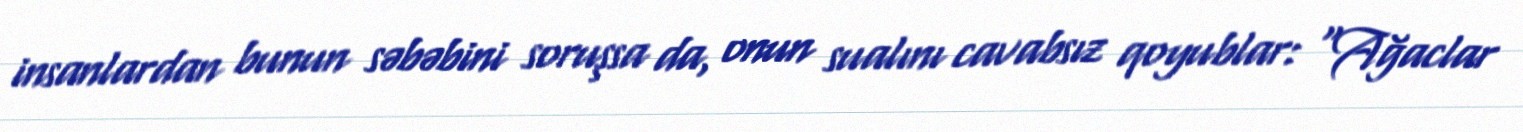
insanlardan bunun səbəbini soruşsa da, onun sualını cavabsız qoyublar: “Ağaclar